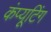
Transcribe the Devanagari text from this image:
कंप्‍यूटिंग